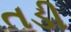
તડી